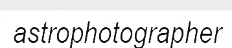
astrophotographer